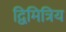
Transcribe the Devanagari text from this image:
द्विमित्रिय